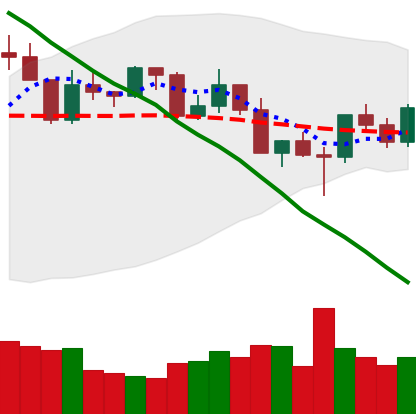
Ticker: XRP-USD
Chart end date: 2022-02-28
Forward return: -3.471%
Label: down_3_5